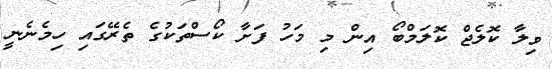
ވިލާ ކޮލެޖް ކޮލަމްބޯ އިން މި މަހު ފަށާ ކޯސްތަކުގެ ތެރޭގައި ހިމެނެނީ